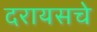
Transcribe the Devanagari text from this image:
दरायसचे